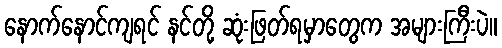
နောက်နောင်ကျရင် နင်တို့ ဆုံးဖြတ်ရမှာတွေက အများကြီးပဲ။